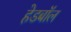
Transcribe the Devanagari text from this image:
हेडबॉल